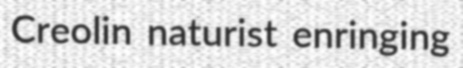
Creolin naturist enringing